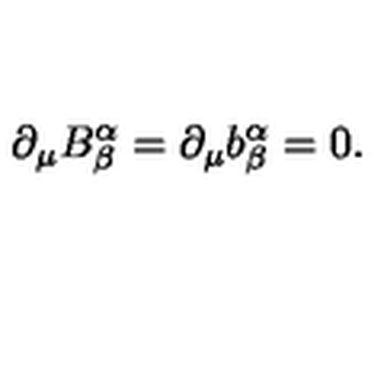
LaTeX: \partial _ { \mu } B _ { \beta } ^ { \alpha } = \partial _ { \mu } b _ { \beta } ^ { \alpha } = 0 .